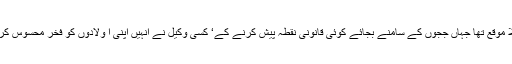
عالمی عدالتی تاریخ میں شاید یہ پہلا موقع تھا جہاں ججوں کے سامنے بجائے کوئی قانونی نقطہ پیش کرنے کے‘ کسی وکیل نے انہیں اپنی ا ولادوں کو فخر محسوس کرنے والے فیصلے سنانے پر اُکسایا۔